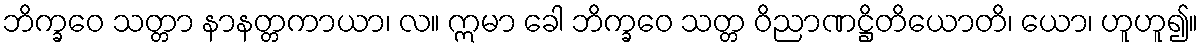
ဘိက္ခဝေ သတ္တာ နာနတ္တကာယာ၊ လ။ ဣမာ ခေါ ဘိက္ခဝေ သတ္တ ဝိညာဏဋ္ဌိတိယောတိ၊ ယော၊ ဟူဟူ၍။